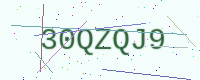
Text: 30QZQJ9